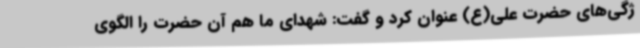
ژگی‌های حضرت علی(ع) عنوان کرد و گفت: شهدای ما هم آن حضرت را الگوی